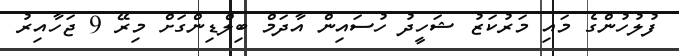
ފުލުހުންގެ މައި މަރުކަޒު ޝަހީދު ހުސައިން އާދަމް ބިލްޑިންގަށް މިރޭ 9 ޖަހާއިރު